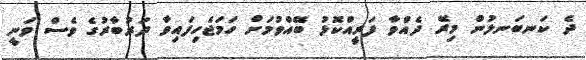
ދެ ކަނބަނލުން މިރޭ ދެއްވާ ފަރީއްކޮޅު ބޭއްވުމަށް ހަމަޖެހިފައިވާ ދަރުބާރުގެ ވެސް ވަނީ